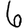
Digit: 6